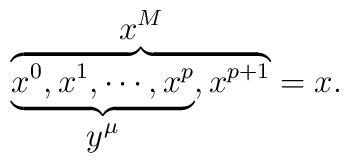
\overbrace{\underbrace{x^0,x^1,\cdots,x^p}_{\displaystyle{y^{\mu}}},x^{p+1}}^{\displaystyle{x^M}}=x.